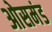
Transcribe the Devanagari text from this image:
ओसमंड